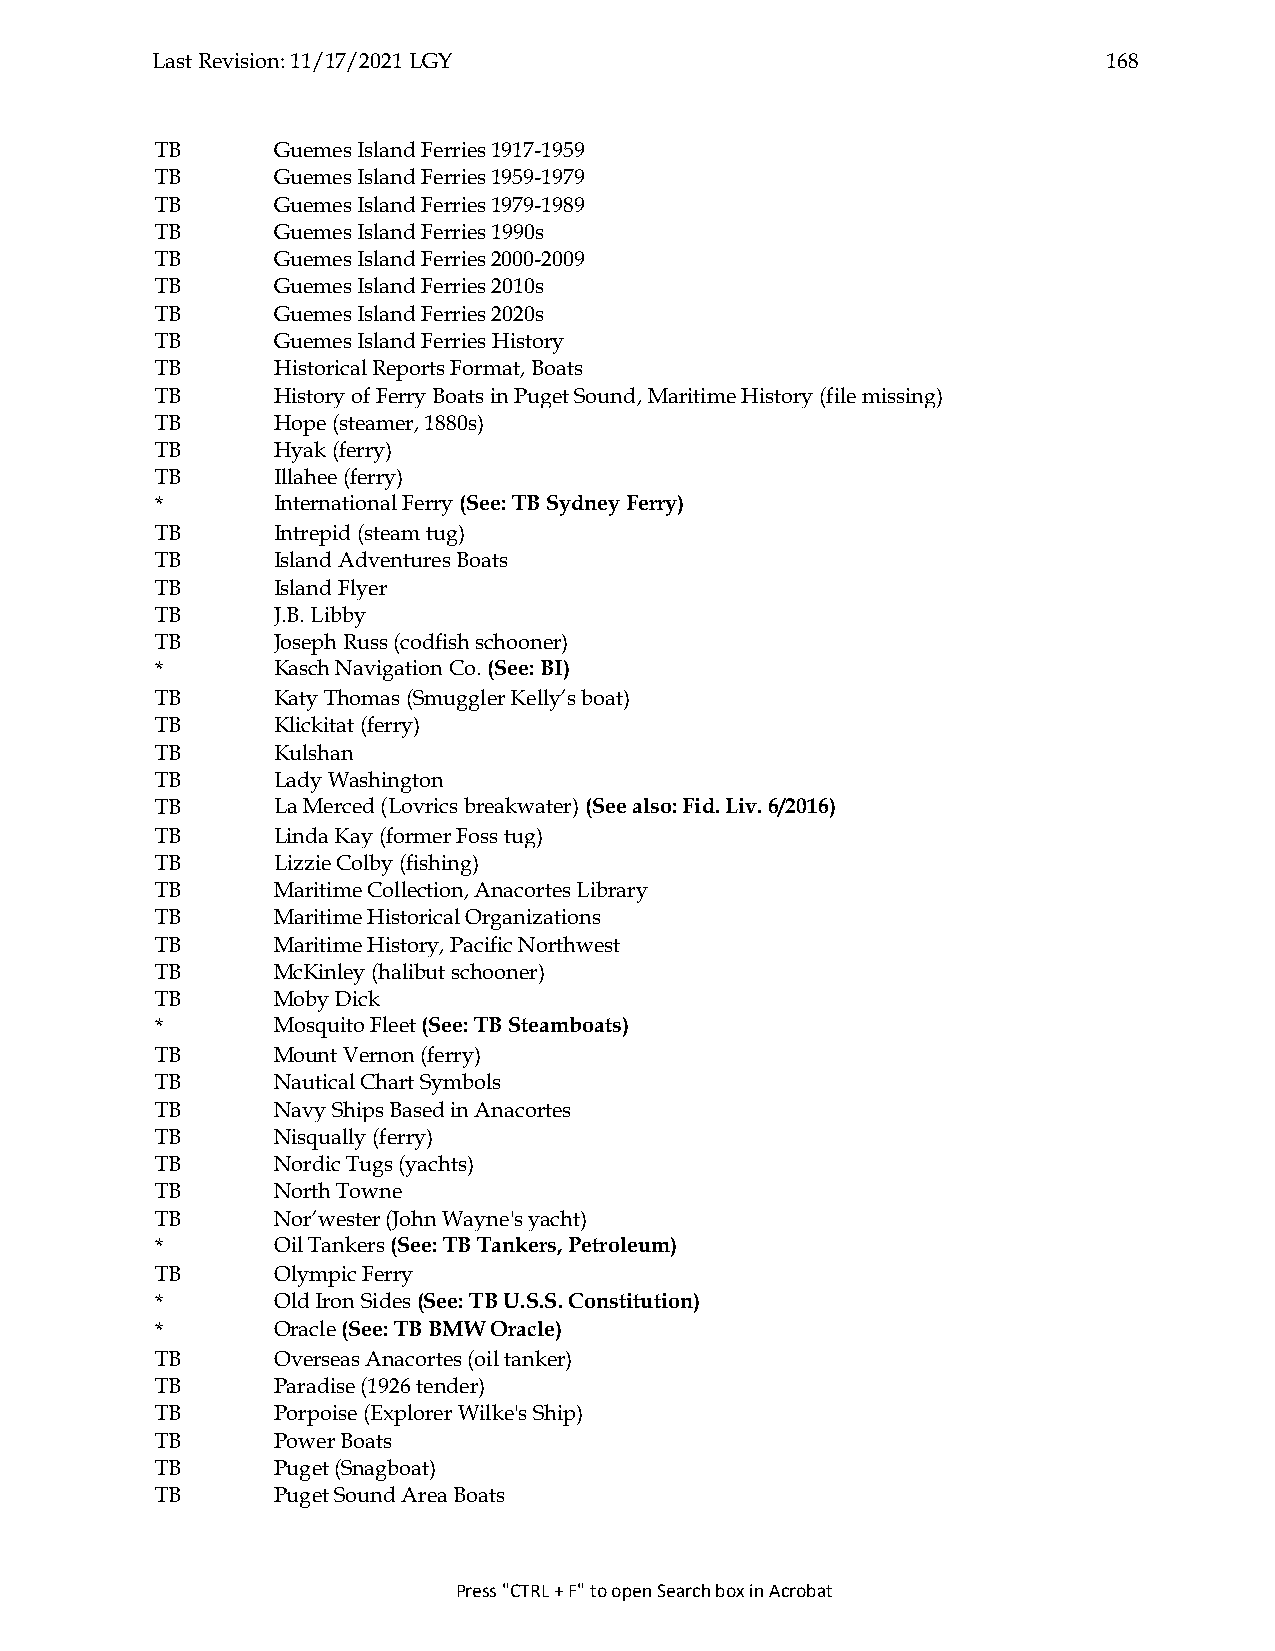
Last Revision: 11/17/2021 LGY                                  168
 TB      Guemes Island Ferries 1917-1959
 TB      Guemes Island Ferries 1959-1979
 TB      Guemes Island Ferries 1979-1989
 TB      Guemes Island Ferries 1990s
 TB      Guemes Island Ferries 2000-2009
 TB      Guemes Island Ferries 2010s
 TB      Guemes Island Ferries 2020s
 TB      Guemes Island Ferries History
 TB      Historical Reports Format, Boats
 TB      History of Ferry Boats in Puget Sound, Maritime History (file missing)
 TB      Hope (steamer, 1880s)
 TB      Hyak (ferry)
 TB      Illahee (ferry)
 *       International Ferry (See: TB Sydney Ferry)
 TB      Intrepid (steam tug)
 TB      Island Adventures Boats
 TB      Island Flyer
 TB      J.B. Libby
 TB      Joseph Russ (codfish schooner)
 *       Kasch Navigation Co. (See: BI)
 TB      Katy Thomas (Smuggler Kelly’s boat)
 TB      Klickitat (ferry)
 TB      Kulshan
 TB      Lady Washington
 TB      La Merced (Lovrics breakwater) (See also: Fid. Liv. 6/2016)
 TB      Linda Kay (former Foss tug)
 TB      Lizzie Colby (fishing)
 TB      Maritime Collection, Anacortes Library
 TB      Maritime Historical Organizations
 TB      Maritime History, Pacific Northwest
 TB      McKinley (halibut schooner)
 TB      Moby Dick
 *       Mosquito Fleet (See: TB Steamboats)
 TB      Mount Vernon (ferry)
 TB      Nautical Chart Symbols
 TB      Navy Ships Based in Anacortes
 TB      Nisqually (ferry)
 TB      Nordic Tugs (yachts)
 TB      North Towne
 TB      Nor’wester (John Wayne's yacht)
 *       Oil Tankers (See: TB Tankers, Petroleum)
 TB      Olympic Ferry
 *       Old Iron Sides (See: TB U.S.S. Constitution)
 *       Oracle (See: TB BMW Oracle)
 TB      Overseas Anacortes (oil tanker)
 TB      Paradise (1926 tender)
 TB      Porpoise (Explorer Wilke's Ship)
 TB      Power Boats
 TB      Puget (Snagboat)
 TB      Puget Sound Area Boats
 Press "CTRL + F" to open Search box in Acrobat